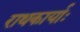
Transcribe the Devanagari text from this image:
राथकार्याः